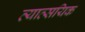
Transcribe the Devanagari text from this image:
व्याव्सयिक